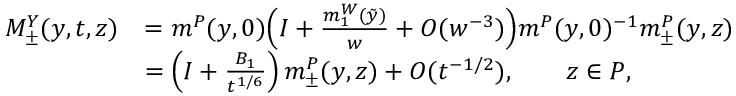
\begin{array} { r l } { M _ { \pm } ^ { Y } ( y , t , z ) } & { = m ^ { P } ( y , 0 ) \Big ( I + \frac { m _ { 1 } ^ { W } ( \tilde { y } ) } { w } + O ( w ^ { - 3 } ) \Big ) m ^ { P } ( y , 0 ) ^ { - 1 } m _ { \pm } ^ { P } ( y , z ) } \\ & { = \left( I + \frac { B _ { 1 } } { t ^ { 1 / 6 } } \right) m _ { \pm } ^ { P } ( y , z ) + O ( t ^ { - 1 / 2 } ) , \qquad z \in P , } \end{array}